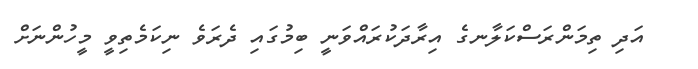
އަދި ތިމަންރަސްކަލާނގެ އިރާދަކުރައްވަނީ ބިމުގައި ދެރަވެ ނިކަމެތިވީ މީހުންނަށް